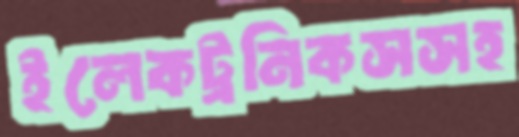
ইলেকট্রনিকসসহ